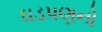
ઘડપણનો